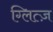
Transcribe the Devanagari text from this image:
ग्लित्ज़